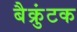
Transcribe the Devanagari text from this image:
बैक्रुंटक